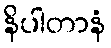
နိပါတာနံ